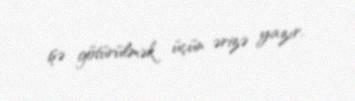
işə götürülmək üçün ərizə yazır.